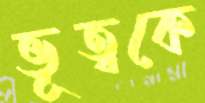
ভূত্বকে